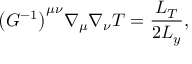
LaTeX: \bigl ( G ^ { - 1 } \bigr ) ^ { \mu \nu } \nabla _ { \mu } \nabla _ { \nu } T = \frac { L _ { T } } { 2 L _ { y } } ,